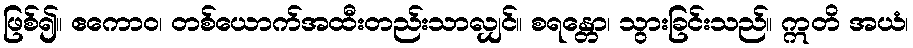
ဖြစ်၍။ ဧကောဝ၊ တစ်ယောက်အထီးတည်းသာလျှင်။ စရန္တော၊ သွားခြင်းသည်။ ဣတိ အယံ၊